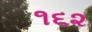
૧૬૨